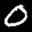
Label: 0